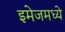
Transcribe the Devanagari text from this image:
इमेजमध्ये